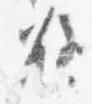
瓶